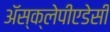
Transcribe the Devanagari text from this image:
अॅस्क्लेपीएडेसी